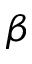
\beta